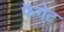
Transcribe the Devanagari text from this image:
फैगेट